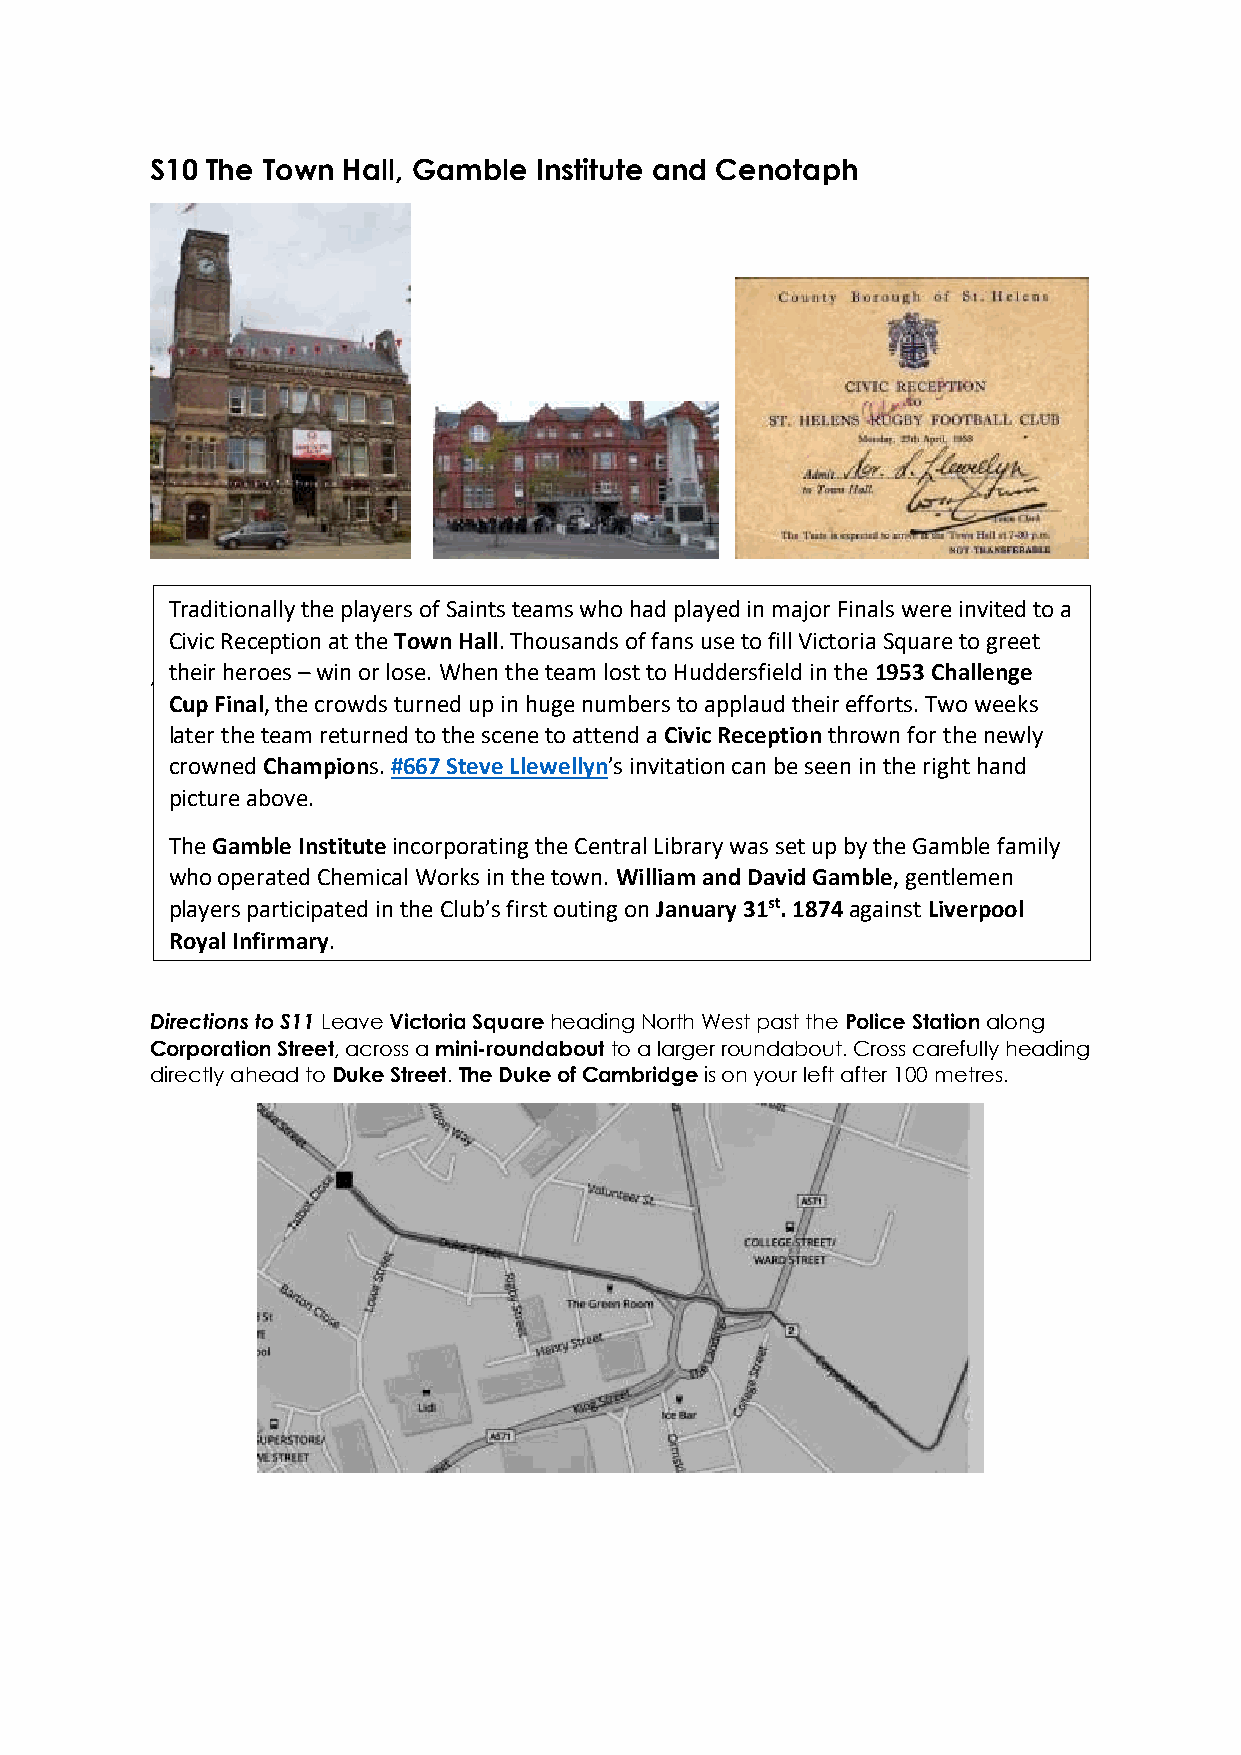
S10 The Town Hall, Gamble Institute and Cenotaph
 Traditionally the players of Saints teams who had played in major Finals were invited to a
 Civic Reception at the Town Hall. Thousands of fans use to fill Victoria Square to greet
 their heroes – win or lose. When the team lost to Huddersfield in the 1953 Challenge
 And #463
 Cup Final, the crowds turned up in huge numbers to applaud their efforts. Two weeks
 later the team returned to the scene to attend a Civic Reception thrown for the newly
 crowned Champions. #667 Steve Llewellyn’s invitation can be seen in the right hand
 picture above.
 The Gamble Institute incorporating the Central Library was set up by the Gamble family
 who operated Chemical Works in the town. William and David Gamble, gentlemen
 players participated in the Club’s first outing on January 31st. 1874 against Liverpool
 Royal Infirmary.
 The Cenotaph includes the names of some of the thirteen Saints’ players who fell in two
 Diwreocrtlido nws ators S. 1. 1 Leave Victoria Square heading North West past the Police Station along
 Corporation Street, across a mini-roundabout to a larger roundabout. Cross carefully heading
 directly ahead to Duke Street. The Duke of Cambridge is on your left after 100 metres.